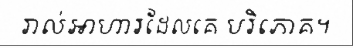
រាល់អាហារដែលគេ បរិភោគ។